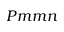
P m m n